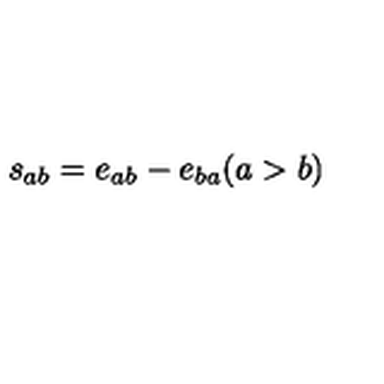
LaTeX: s _ { a b } = e _ { a b } - e _ { b a } ( a > b )